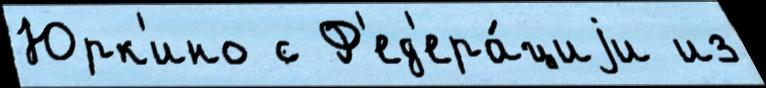
Юрк'ино с Ф'ед'ера́циjи из